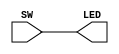
`timescale 1ns / 1ps
//////////////////////////////////////////////////////////////////////////////////
// Company: 
// Engineer: 
// 
// Design Name: 
// Module Name:    lab1 
// Project Name: 
// Target Devices: 
// Tool versions: 
// Description: 
//
// Dependencies: 
//
// Revision: 
// Revision 0.01 - File Created
// Additional Comments: 
//
//////////////////////////////////////////////////////////////////////////////////
module lab1(
output [7:0] LED,
input [7:0] SW
    );

//this connects the first 8 switches to the first 8 LEDs 
//SW0 is the right most switch, and order is right to left
assign LED = SW; 

endmodule